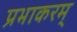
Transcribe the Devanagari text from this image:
प्रभाकरम्